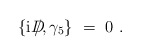
\begin{align*}\{{\rm i} D\!\llap{/},\gamma_5\} ~=~ 0 ~.\end{align*}